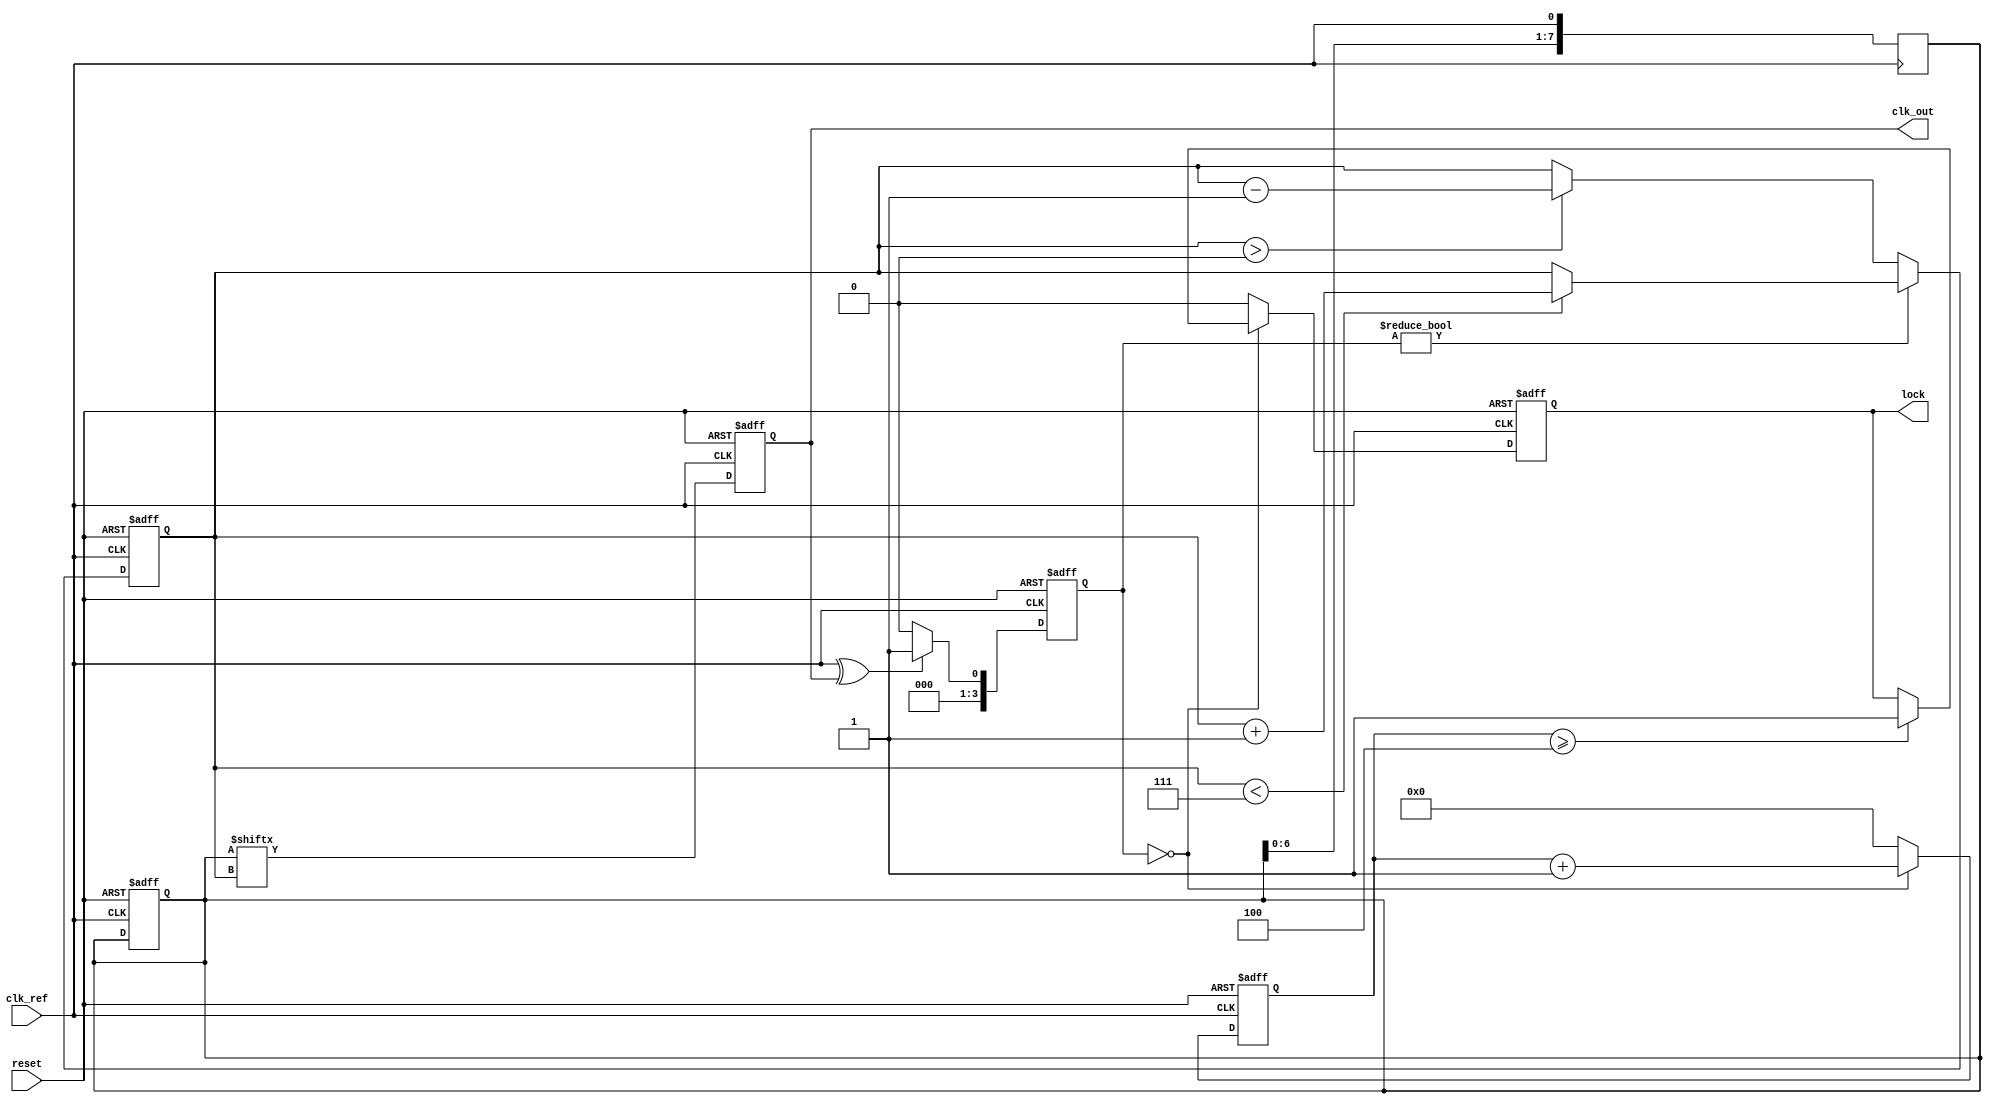
module MemoryBlocksDLL (
    input wire clk_ref,          // Reference clock input
    input wire reset,            // Reset signal
    output reg clk_out,          // Output clock
    output reg lock              // Lock status
);

    // Parameters
    parameter NUM_DELAY_ELEMENTS = 8; // Number of delay elements
    parameter DELAY_STEP = 1;          // Delay step size (in clock cycles)

    // Internal signals
    reg [NUM_DELAY_ELEMENTS-1:0] delay_line; // Delay line control
    reg [3:0] phase_error;                  // Phase error signal
    reg [2:0] delay_select;                 // Selected delay element
    reg [3:0] lock_counter;                 // Lock detection counter

    // Phase Detector
    always @(posedge clk_ref or posedge reset) begin
        if (reset) begin
            phase_error <= 0;
        end else begin
            // Simple phase detector logic (XOR for demonstration)
            phase_error <= (clk_ref ^ clk_out) ? 1 : 0;
        end
    end

    // Delay Line
    always @(posedge clk_ref or posedge reset) begin
        if (reset) begin
            delay_line <= 0;
            clk_out <= 0;
            delay_select <= 0;
            lock_counter <= 0;
            lock <= 0;
        end else begin
            // Adjust delay line based on phase error
            if (phase_error) begin
                if (delay_select < NUM_DELAY_ELEMENTS - 1) begin
                    delay_select <= delay_select + 1;
                end
            end else if (delay_select > 0) begin
                delay_select <= delay_select - 1;
            end

            // Generate output clock based on selected delay
            clk_out <= delay_line[delay_select];

            // Lock detection logic
            if (phase_error == 0) begin
                lock_counter <= lock_counter + 1;
                if (lock_counter >= 4) begin // Lock detected after 4 cycles of no error
                    lock <= 1;
                end
            end else begin
                lock_counter <= 0;
                lock <= 0;
            end
        end
    end

    // Delay Elements (Memory Blocks)
    always @(posedge clk_ref) begin
        // Simple delay elements for demonstration
        delay_line[0] <= clk_ref; // No delay
        delay_line[1] <= #DELAY_STEP delay_line[0]; // 1 clock cycle delay
        delay_line[2] <= #DELAY_STEP delay_line[1]; // 2 clock cycles delay
        delay_line[3] <= #DELAY_STEP delay_line[2]; // 3 clock cycles delay
        delay_line[4] <= #DELAY_STEP delay_line[3]; // 4 clock cycles delay
        delay_line[5] <= #DELAY_STEP delay_line[4]; // 5 clock cycles delay
        delay_line[6] <= #DELAY_STEP delay_line[5]; // 6 clock cycles delay
        delay_line[7] <= #DELAY_STEP delay_line[6]; // 7 clock cycles delay
    end

endmodule